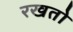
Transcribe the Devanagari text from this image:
रखतो